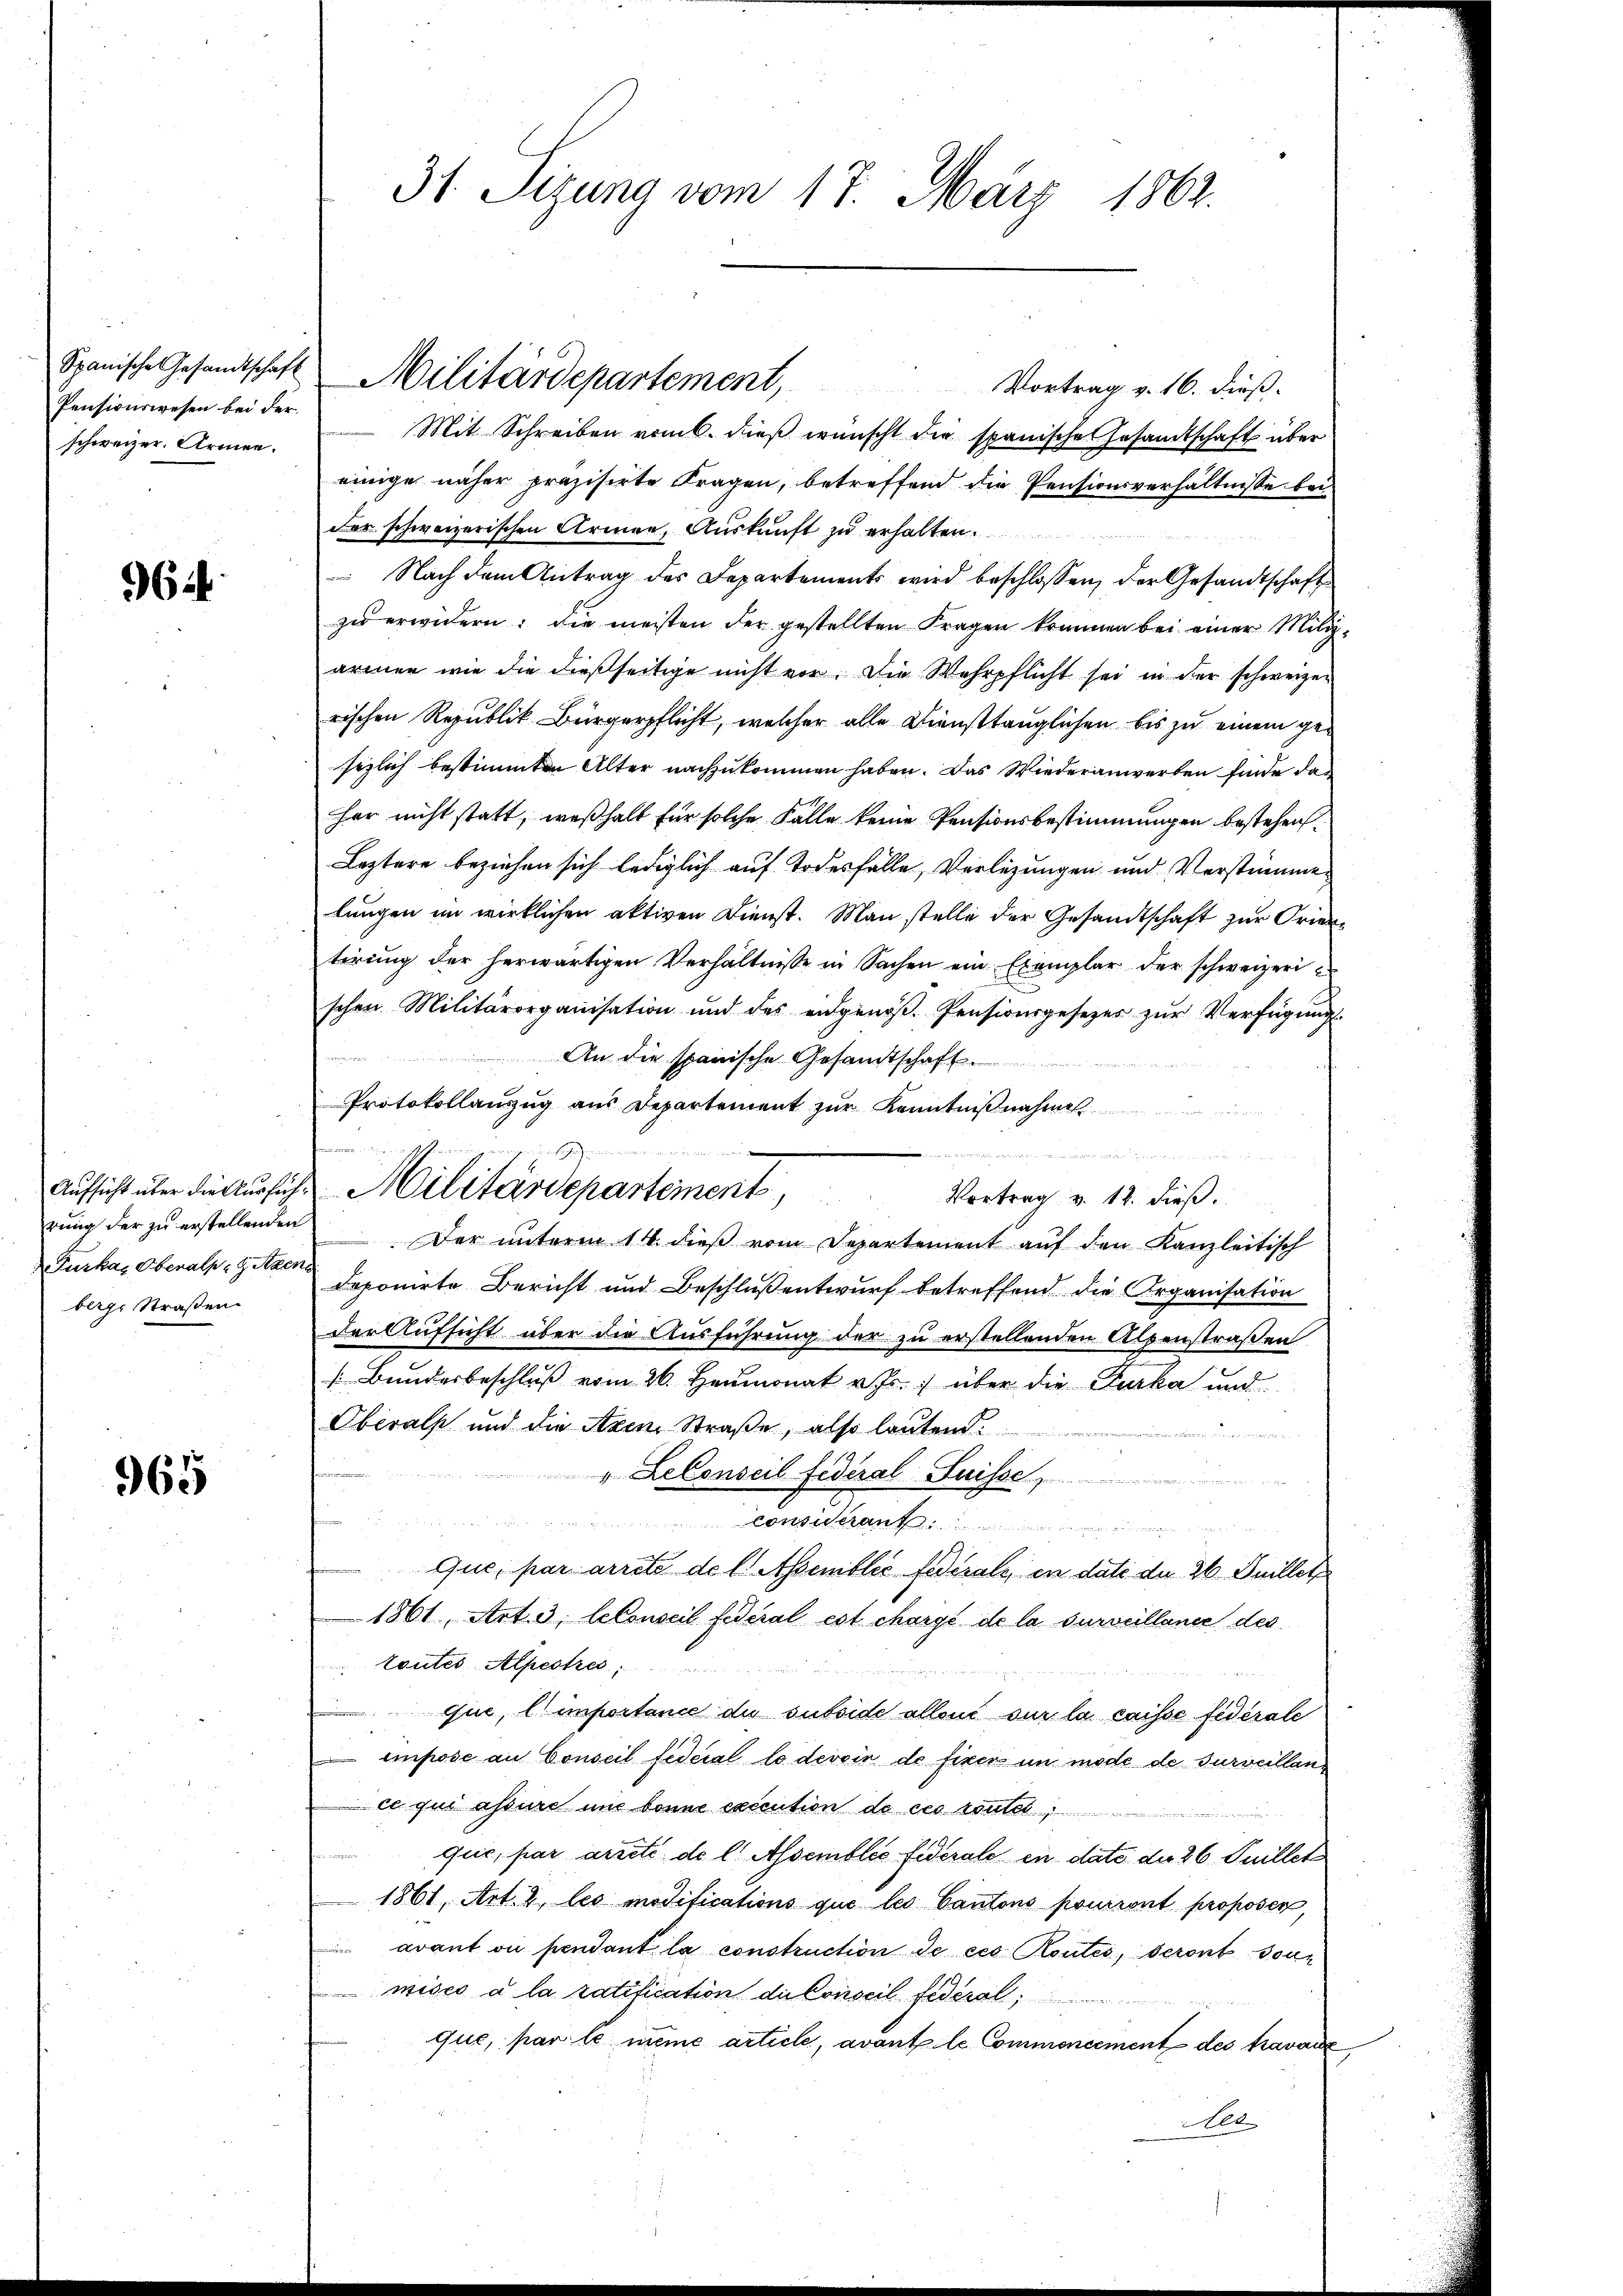
Spanische Gesandtschaft
Pensionswesen bei der
schweizer. Armen.

964.

Furka, Oberals, getrone
berge Straßen

965

u
Vortrag v. 16. dieß.
Mit Schreiben vom 6. dieß wünscht die spanische Gesamtschaft über
einige näher präzisirte Fragen, betreffend die Pensionsverhältnisse bei
der schweizerischen Armen, Auskunft zu erhalten.
 Nach dem Antrag des Departements wird beschlossen, der Gesandtschaft
zu erwidern: die meisten der gestellten Fragen kommen bei einer Miliz-
armen wie die dießseitige nicht vor. Die Wehrpflicht sei in der schweizen
rischen Republik Bürgerpflicht, welcher alle Diensttauglichen bis zu einem gesezlich bestimmten Alter nachzukommen haben. Das Wiederanwerben finde das
har nicht statt, weßhalt für solche Fälle keine Pensionsbestimmungen bestehen.
Leztere beziehen sich lediglich auf Todesfälle, Verlegungen und Verstimme
lungen im wirklichen aktiven Dienst. Man stelle der Gesandtschaft zur Orientirŭng der herwärtigen Verhältnisse in Sachen ein Exemplar der schweizerischen Militärorganisation und des eidgenöβ. Pensionsgesetzes zŭr Verfügung
An die spanische Gesandtschaft.
Protokollauszug aus Departement zur Kenntnißnahme

Vortrag v. 12. dieß.
rŭng der zu erstellenden. Der unterm 14. dieβ vom Departement auf den Kanzleitisch
deponirte Bericht und Beschluß entwurf betreffend die Organisation
der Aufsicht über die Ausführung der zu erstellenden Alpenstraßen
(Bundesbeschluß vom 26. Heumonat v. Js. über die Furka und
Oberals und die Axen Straße, also lauten
n
" LeConseil fédéral Suisse,
considerant
Que, par arrete de l Asemblic fédérale, in dati der 26 Juillet
1861, Art. 3, le conseil federal est chargé de la surveillance des
toutes Alpestres,
que, l’importance die subside allend sur la caisse federale
impose au Conseil fédéral le devoir de fixer um mode de surveillance qui assure und bonne execution de ces routes,
que, par arreté de l Assemblée Federale in dato der 26. Juillet
1861, Art. 2, les modifications que les Cantons pourront proposer,
avant ou pendant la construction de ces Kontes, seront sonn
mises à la ratification die Conseil fédéral,
que, par le meme article, avant le Commencement des travaie
Net

31 Sizung vom 17. März 1862.

Militärdepartement,

w einen fian

Aufsicht über die Ausfuhr Militärdepartement,